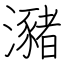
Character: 瀦